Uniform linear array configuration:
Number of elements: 4
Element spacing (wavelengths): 0.25
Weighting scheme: binomial
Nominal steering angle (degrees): -60
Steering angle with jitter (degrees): -59.076
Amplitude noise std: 0.05
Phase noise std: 0.05

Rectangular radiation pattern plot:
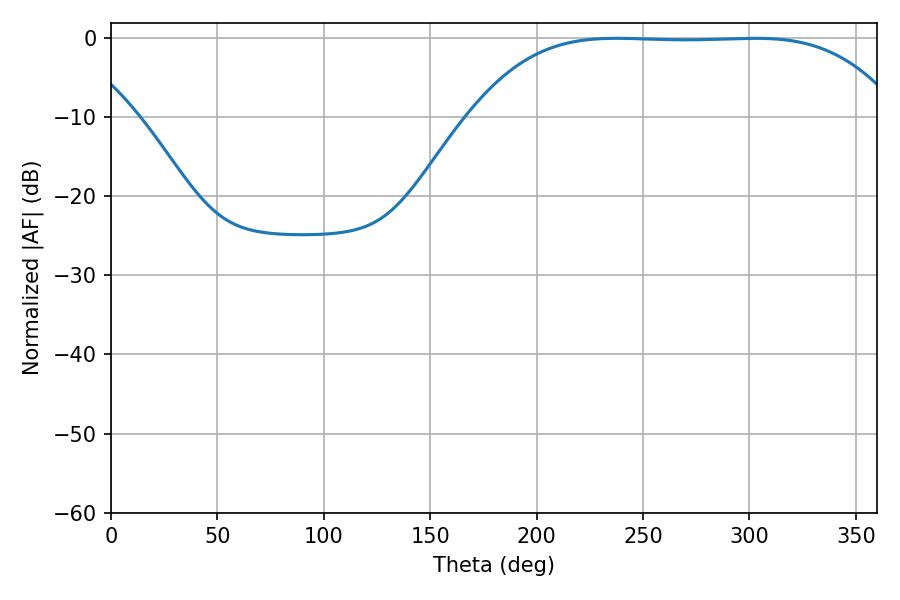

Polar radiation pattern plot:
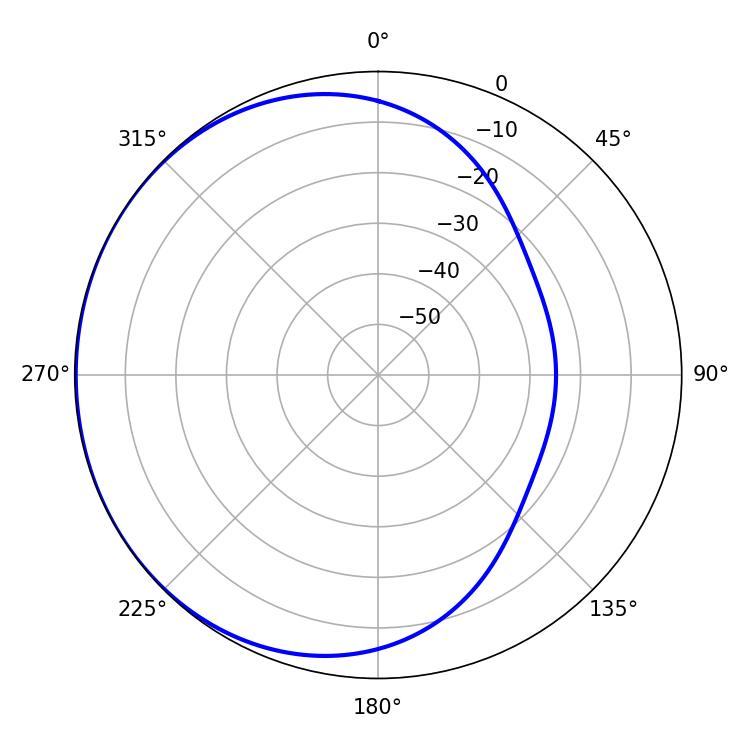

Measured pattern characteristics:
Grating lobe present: FALSE
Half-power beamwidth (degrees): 153.36
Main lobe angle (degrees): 237.6